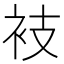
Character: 衼